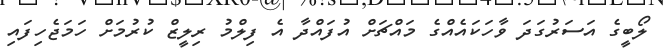
ލޯބީގެ އަސަރުގަދަ ވާހަކައެއްގެ މައްޗަށް އުފައްދާ އެ ފިލްމު ރިލީޒް ކުރުމަށް ހަމަޖެހިފައި